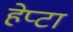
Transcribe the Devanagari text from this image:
हेप्टा